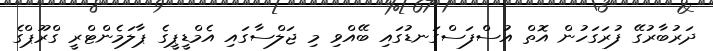
ދަރުބާރުގޭ ފުރަގަހުން އޮތް އުސްފަސްގަނޑުގައި ބޭއްވި މި ޖަލްސާގައި އެމްޑީޕީގެ ޕާލަމެންޓްރީ ގްރޫޕްގެ